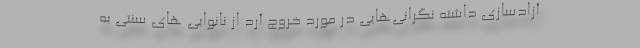
آزادسازی داشته نگرانی‌هایی در مورد خروج آرد از نانوایی های سنتی به